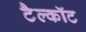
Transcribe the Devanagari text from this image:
टैल्कॉट